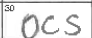
Transcription: OCS